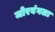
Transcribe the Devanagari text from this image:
जोरबंगला